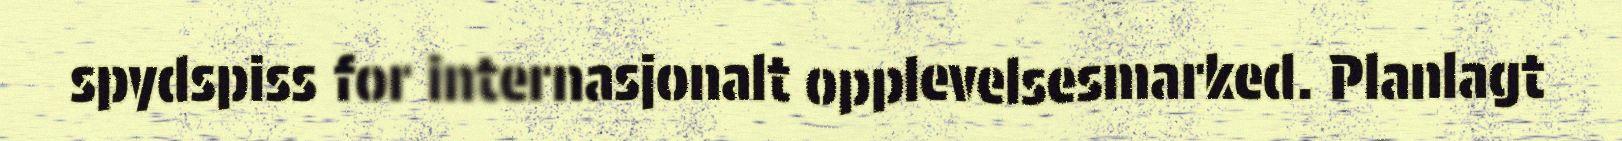
spydspiss for internasjonalt opplevelsesmarked. Planlagt